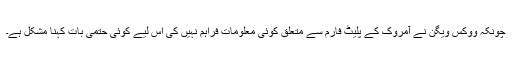
چونکہ ووکس ویگن نے آمروک کے پلیٹ فارم سے متعلق کوئی معلومات فراہم نہیں کی اس لیے کوئی حتمی بات کہنا مشکل ہے۔